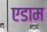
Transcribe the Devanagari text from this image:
एडाम